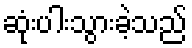
ဆုံးပါးသွားခဲ့သည်